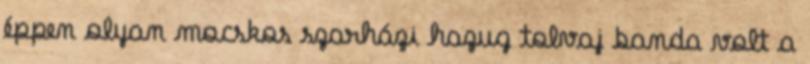
éppen olyan mocskos szarházi hazug tolvaj banda volt a